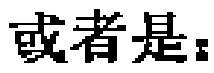
或者是：